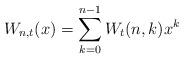
LaTeX: \begin{align*}W_{n,t}(x)=\sum_{k=0}^{n-1}W_{t}(n,k)x^{k}\end{align*}